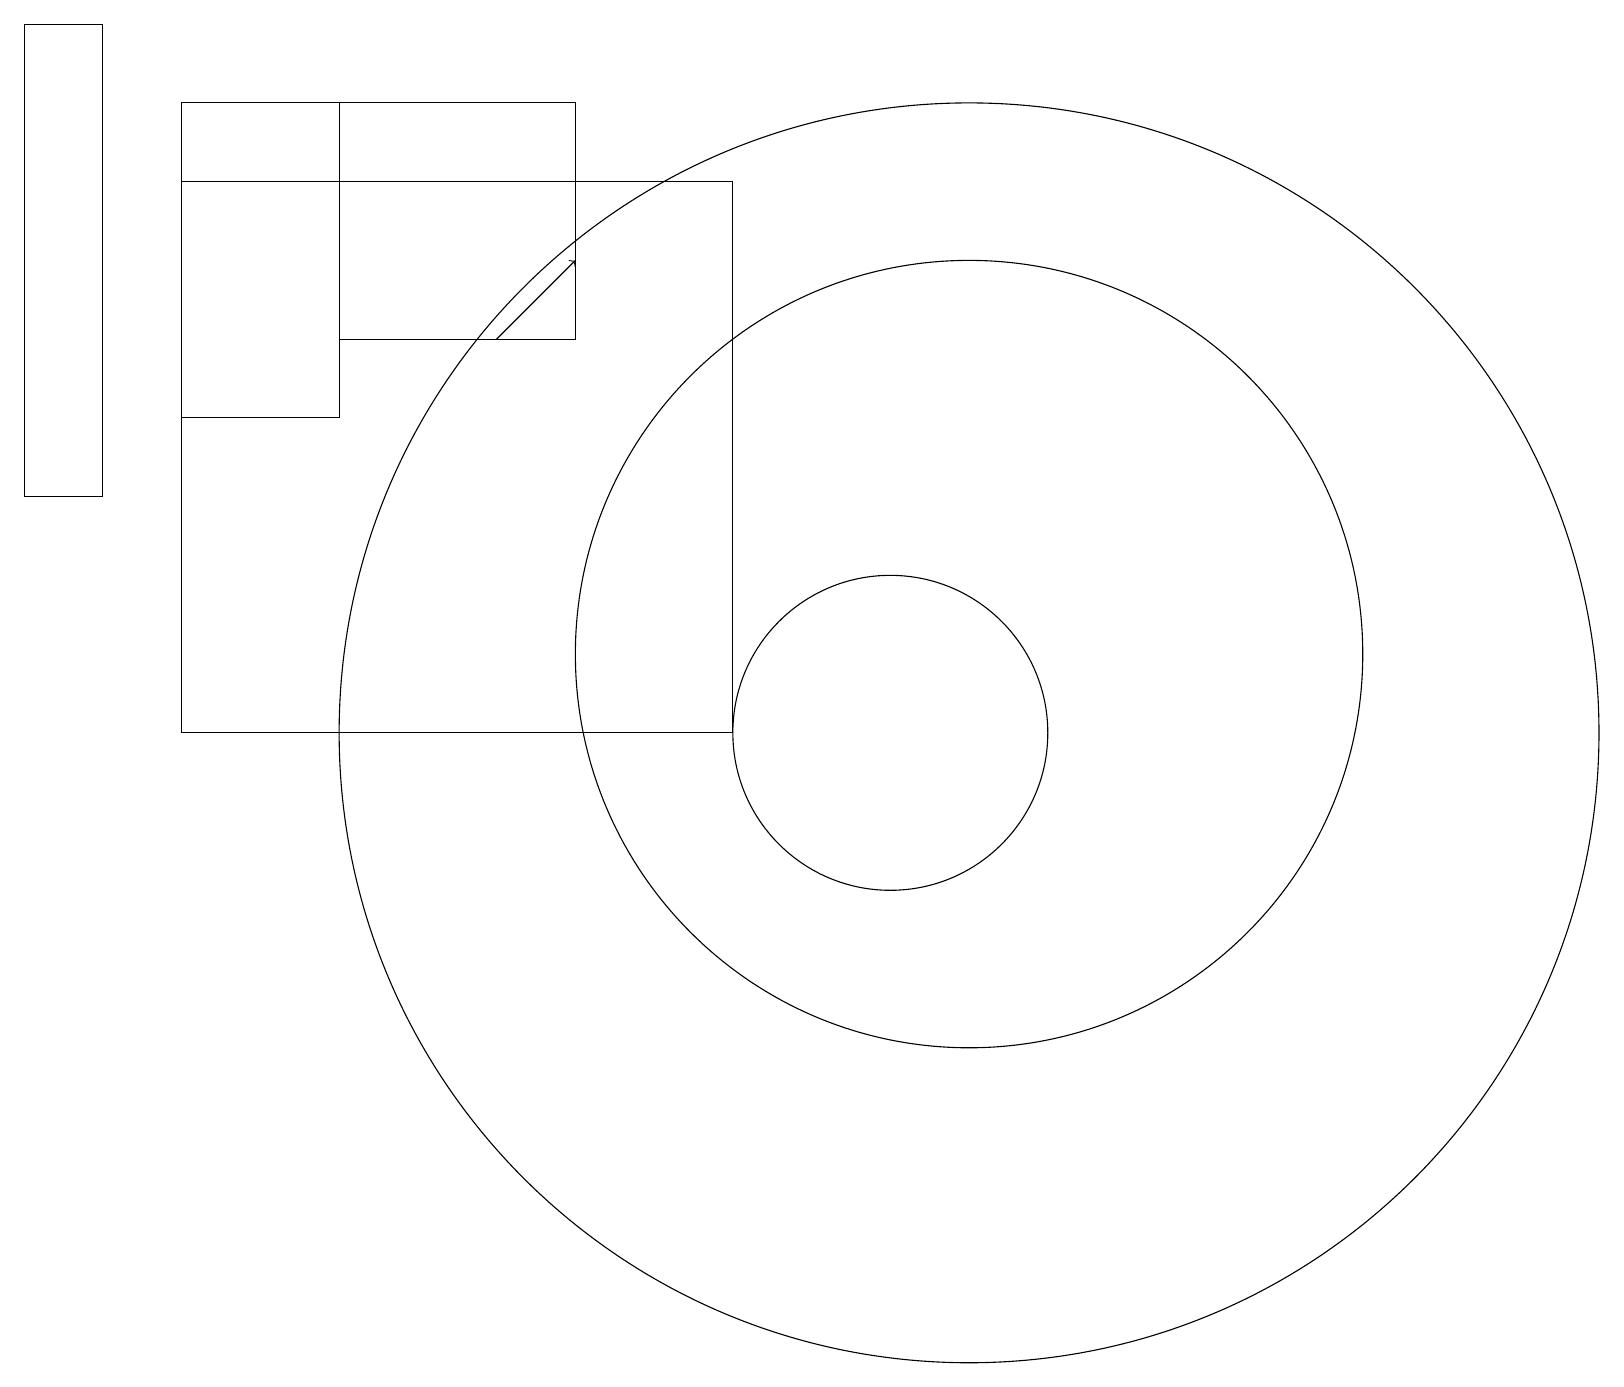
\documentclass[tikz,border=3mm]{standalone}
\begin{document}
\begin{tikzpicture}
\draw (12,11) circle (5);
\draw (2,17) rectangle (9,10);
\draw (4,18) rectangle (7,15);
\draw (4,18) rectangle (2,14);
\draw[->] (6,15) -- (7,16);
\draw (0,13) rectangle (1,19);
\draw (12,10) circle (8);
\draw (11,10) circle (2);
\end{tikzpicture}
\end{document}